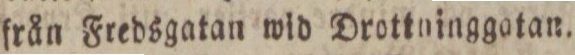
från Fredsgatan wid Drottninggotan.